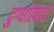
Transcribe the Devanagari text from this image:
दुग्धोत्पाद